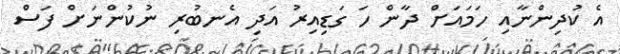
އެ ކުދިންނާއި ހަމައަށް ދާން ހަ ގަޑިއިރު އަދި އެނބުރި ނުކުންނަށް ފަސް